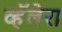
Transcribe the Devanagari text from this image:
व्हॅलेरा